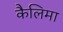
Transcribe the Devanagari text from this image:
कैलिमा